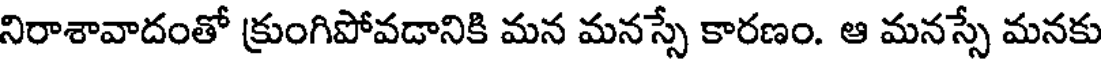
నిరాశావాదంతో క్రుంగిపోవడానికి మన మనస్సే కారణం. ఆ మనస్సే మనకు